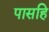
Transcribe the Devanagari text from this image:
पासहि